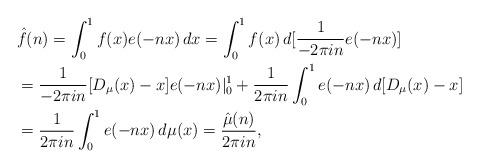
LaTeX: \begin{align*}&\hat{f}(n)=\int_0^1 f(x)e(-nx)\,dx=\int_0^1 f(x)\,d[\frac{1}{-2\pi in}e(-nx)] \\&=\frac{1}{-2\pi in}[D_\mu(x)-x]e(-nx)|_0^1+\frac{1}{2\pi in} \int_0^1 e(-nx)\,d [D_\mu(x)-x] \\&=\frac{1}{2\pi in} \int_0^1 e(-nx)\,d\mu(x)=\frac{\hat{\mu}(n)}{2\pi in},\end{align*}